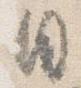
日